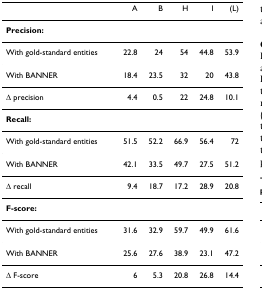
<table><thead><tr><td></td><td><b>A</b></td><td><b>B</b></td><td><b>H</b></td><td><b>I</b></td><td><b>(L)</b></td></tr></thead><tbody><tr><td><b>Precision:</b></td><td></td><td></td><td></td><td></td><td></td></tr><tr><td>With gold-standard entities</td><td>22.8</td><td>24</td><td>54</td><td>44.8</td><td>53.9</td></tr><tr><td>With BANNER</td><td>18.4</td><td>23.5</td><td>32</td><td>20</td><td>43.8</td></tr><tr><td>Δ precision</td><td>4.4</td><td>0.5</td><td>22</td><td>24.8</td><td>10.1</td></tr><tr><td><b>Recall:</b></td><td></td><td></td><td></td><td></td><td></td></tr><tr><td>With gold-standard entities</td><td>51.5</td><td>52.2</td><td>66.9</td><td>56.4</td><td>72</td></tr><tr><td>With BANNER</td><td>42.1</td><td>33.5</td><td>49.7</td><td>27.5</td><td>51.2</td></tr><tr><td>Δ recall</td><td>9.4</td><td>18.7</td><td>17.2</td><td>28.9</td><td>20.8</td></tr><tr><td><b>F-score:</b></td><td></td><td></td><td></td><td></td><td></td></tr><tr><td>With gold-standard entities</td><td>31.6</td><td>32.9</td><td>59.7</td><td>49.9</td><td>61.6</td></tr><tr><td>With BANNER</td><td>25.6</td><td>27.6</td><td>38.9</td><td>23.1</td><td>47.2</td></tr><tr><td>Δ F-score</td><td>6</td><td>5.3</td><td>20.8</td><td>26.8</td><td>14.4</td></tr></tbody></table>